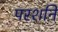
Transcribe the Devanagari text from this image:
परशनि